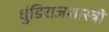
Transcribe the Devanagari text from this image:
धुंडिराजशास्त्री